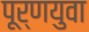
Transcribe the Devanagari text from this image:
पूर्णयुवा